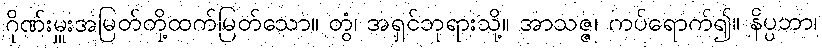
ဂိုဏ်းမှူးအမြတ်တို့ထက်မြတ်သော။ တွံ၊ အရှင်ဘုရားသို့။ အာသဇ္ဇ၊ ကပ်ရောက်၍။ နိပ္ပဘာ၊